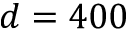
d = 4 0 0